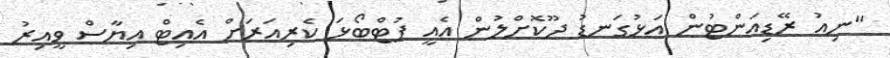
"ނިއު ރޭޑިއަންޓުން އަޅުގަނޑު ދޫކޮށްލުން އެއީ ފުޓްބޯޅަ ކެރިއަރަށް އެއިޓް އިޔާސް ވީއިރު